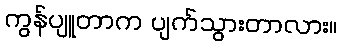
ကွန်ပျူတာက ပျက်သွားတာလား။